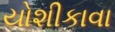
યોશીકાવા